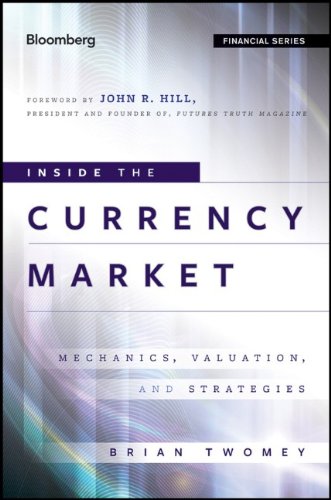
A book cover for Inside the Currency Market: Mechanics, Valuation and Strategies; Brian Twomey; Business & Money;